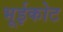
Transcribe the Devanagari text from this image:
भूईकोट